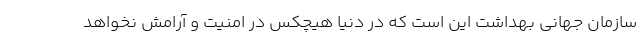
سازمان جهانی بهداشت این است که در دنیا هیچکس در امنیت و آرامش نخواهد